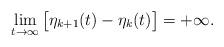
LaTeX: \begin{align*}\lim_{t\to\infty} \big[\eta_{k+1}(t)-\eta_{k}(t)\big]=+\infty.\end{align*}